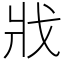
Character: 戕